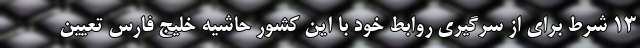
۱۳ شرط برای از سرگیری روابط خود با این کشور حاشیه خلیج فارس تعیین